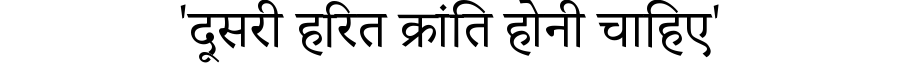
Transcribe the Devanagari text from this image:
'दूसरी हरित क्रांति होनी चाहिए'